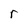
Character: r